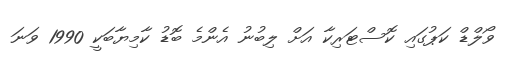
ވޯލްޑް ކަޕުގައި ކޮސްޓަރިކާ އަށް ލިބުނު އެންމެ ބޮޑު ކާމިޔާބަކީ 1990 ވަނަ